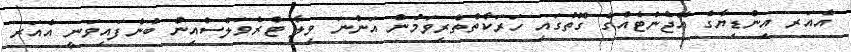
އެއަރ އިންޑިޔާގެ އޭޖެންޓެއްގެ ގޮތުގައި ހަރަކާތްތެރިވަމުން އަންނަ ވިލާ ޓްރެވަލްސްއިން ބުނެފައިވަނީ އެއަރ